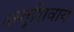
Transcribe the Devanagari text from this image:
वस्तूशिवाय